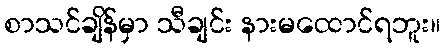
စာသင်ချိန်မှာ သီချင်း နားမထောင်ရဘူး။